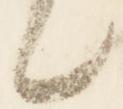
々